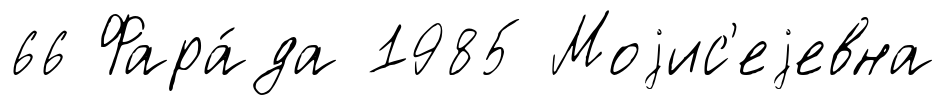
66 Фара́да 1985 Моjис'еjевна